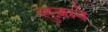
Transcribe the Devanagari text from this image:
लुज़ाने